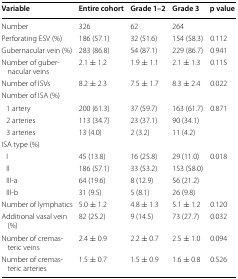
| Variable | Entire cohort | Grade 1–2 | Grade 3 | p value |
 | --- | --- | --- | --- | --- |
 | Number | 326 | 62 | 264 |  |
 | Perforating ESV (%) | 186 (57.1) | 32 (51.6) | 154 (58.3) | 0.112 |
 | Gubernacular vein (%) | 283 (86.8) | 54 (87.1) | 229 (86.7) | 0.941 |
 | Number of gubernacular veins | 2.1 ± 1.2 | 1.9 ± 1.1 | 2.1 ± 1.3 | 0.115 |
 | Number of ISVs | 8.2 ± 2.3 | 7.5 ± 1.7 | 8.3 ± 2.4 | 0.022 |
 | <COLSPAN=5> Number of ISA (%) |
 | 1 artery | 200 (61.3) | 37 (59.7) | 163 (61.7) | <ROWSPAN=3> 0.871 |
 | 2 arteries | 113 (34.7) | 23 (37.1) | 90 (34.1) |
 | 3 arteries | 13 (4.0) | 2 (3.2) | 11 (4.2) |
 | <COLSPAN=5> ISA type (%) |
 | I | 45 (13.8) | 16 (25.8) | 29 (11.0) | <ROWSPAN=4> 0.018 |
 | II | 186 (57.1) | 33 (53.2) | 153 (58.0) |
 | III-a | 64 (19.6) | 8 (12.9) | 56 (21.2) |
 | III-b | 31 (9.5) | 5 (8.1) | 26 (9.8) |
 | Number of lymphatics | 5.0 ± 1.2 | 4.8 ± 1.3 | 5.1 ± 1.2 | 0.120 |
 | Additional vasal vein (%) | 82 (25.2) | 9 (14.5) | 73 (27.7) | 0.032 |
 | Number of cremasteric veins | 2.4 ± 0.9 | 2.2 ± 0.7 | 2.5 ± 1.0 | 0.094 |
 | Number of cremasteric arteries | 1.5 ± 0.7 | 1.5 ± 0.9 | 1.6 ± 0.8 | 0.526 |